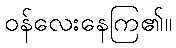
ဝန်လေးနေကြ၏။